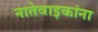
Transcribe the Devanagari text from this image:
नातेवाइकांना